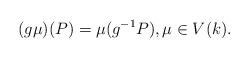
LaTeX: \begin{align*}(g\mu)(P)=\mu(g^{-1}P),\mu\in V(k).\end{align*}